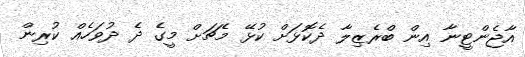
އާޖެންޓީނާ އިން ބްރެޒިލާ ދެކޮޅަށް ކުޅޭ މެޗަށް މީގެ ދެ ދުވަހެއް ކުރިން